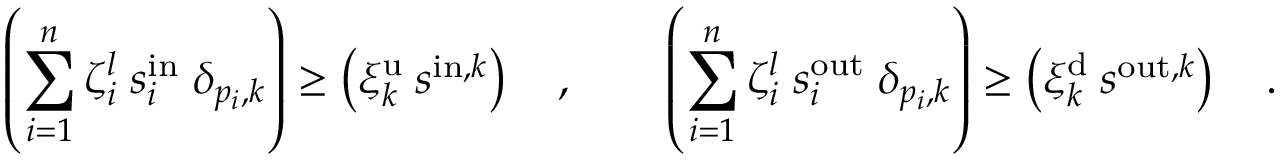
\left( \sum _ { i = 1 } ^ { n } \zeta _ { i } ^ { l } \; s _ { i } ^ { \mathrm { i n } } \; \delta _ { p _ { i } , k } \right) \geq \left( \xi _ { k } ^ { \mathrm { u } } \: s ^ { \mathrm { i n } , k } \right) \quad , \qquad \left( \sum _ { i = 1 } ^ { n } \zeta _ { i } ^ { l } \; s _ { i } ^ { \mathrm { o u t } } \; \delta _ { p _ { i } , k } \right) \geq \left( \xi _ { k } ^ { \mathrm { d } } \: s ^ { \mathrm { o u t } , k } \right) \quad .